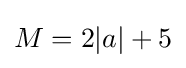
M=2|a|+5